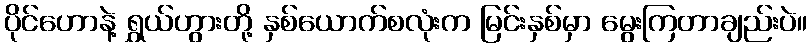
ပိုင်ဟောနဲ့ ရွှယ်ဟွားတို့ နှစ်ယောက်စလုံးက မြင်းနှစ်မှာ မွေးကြတာချည်းပဲ။